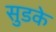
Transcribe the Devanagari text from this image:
सुडके